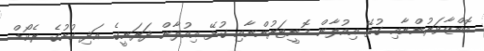
އޮބްޒާވަރުންނާއި ގުޅޭ އިއުލާން މޮނީޓަރުންނާއި ގުޅޭ އިއުލާން ދަރަނީގެ އަދި ކުށުގެ ރެކޯޑް